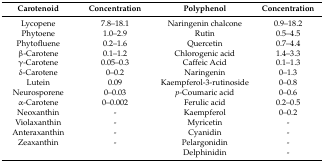
| Carotenoid | Concentration | Polyphenol | Concentration |
 | --- | --- | --- | --- |
 | Lycopene | 7.8–18.1 | Naringenin chalcone | 0.9–18.2 |
 | Phytoene | 1.0–2.9 | Rutin | 0.5–4.5 |
 | Phytofluene | 0.2–1.6 | Quercetin | 0.7–4.4 |
 | β-Carotene | 0.1–1.2 | Chlorogenic acid | 1.4–3.3 |
 | γ-Carotene | 0.05–0.3 | Caffeic Acid | 0.1–1.3 |
 | δ-Carotene | 0–0.2 | Naringenin | 0–1.3 |
 | Lutein | 0.09 | Kaempferol-3-rutinoside | 0–0.8 |
 | Neurosporene | 0–0.03 | p-Coumaric acid | 0–0.6 |
 | α-Carotene | 0–0.002 | Ferulic acid | 0.2–0.5 |
 | Neoxanthin | - | Kaempferol | 0–0.2 |
 | Violaxanthin | - | Myricetin | - |
 | Anteraxanthin | - | Cyanidin | - |
 | Zeaxanthin | - | Pelargonidin | - |
 |  |  | Delphinidin | - |